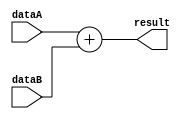
module adder (
  input [15:0] dataA,
  input [15:0] dataB,
  output reg [15:0] result
);

initial result <= 0;

always @ (dataA, dataB)
begin : ADD
  result = dataA + dataB;
end
endmodule